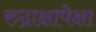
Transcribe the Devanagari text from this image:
रुद्राक्षापेक्षा